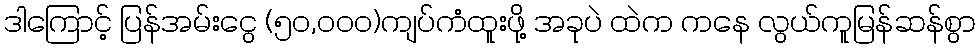
ဒါကြောင့် ပြန်အမ်းငွေ (၅၀,၀၀၀)ကျပ်ကံထူးဖို့ အခုပဲ ထဲက ကနေ လွယ်ကူမြန်ဆန်စွာ